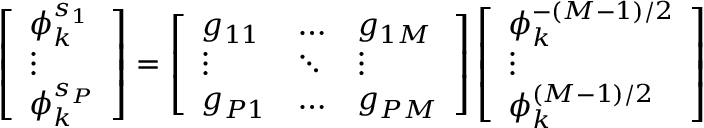
\left[ \begin{array} { l } { \phi _ { k } ^ { s _ { 1 } } } \\ { \vdots } \\ { \phi _ { k } ^ { s _ { P } } } \end{array} \right] = \left[ \begin{array} { l l l } { g _ { 1 1 } } & { \hdots } & { g _ { 1 M } } \\ { \vdots } & { \ddots } & { \vdots } \\ { g _ { P 1 } } & { \hdots } & { g _ { P M } } \end{array} \right] \left[ \begin{array} { l } { \phi _ { k } ^ { - ( M { - } 1 ) / 2 } } \\ { \vdots } \\ { \phi _ { k } ^ { ( M { - } 1 ) / 2 } } \end{array} \right]